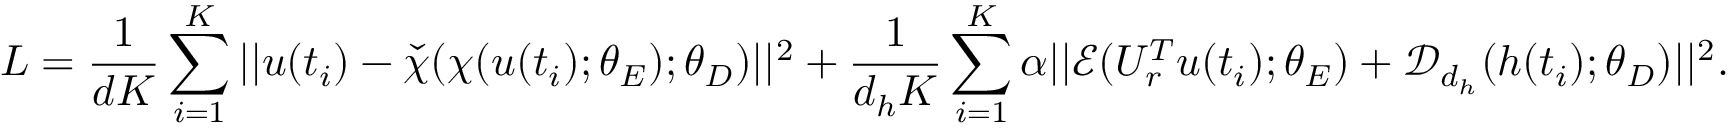
L = \frac { 1 } { d K } \sum _ { i = 1 } ^ { K } | | u ( t _ { i } ) - \check { \chi } ( \chi ( u ( t _ { i } ) ; \theta _ { E } ) ; \theta _ { D } ) | | ^ { 2 } + \frac { 1 } { d _ { h } K } \sum _ { i = 1 } ^ { K } \alpha | | \mathcal { E } ( U _ { r } ^ { T } u ( t _ { i } ) ; \theta _ { E } ) + \mathcal { D } _ { d _ { h } } ( h ( t _ { i } ) ; \theta _ { D } ) | | ^ { 2 } .